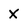
Character: x